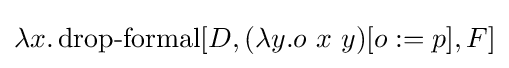
\lambda x.\operatorname {drop-formal} [D,(\lambda y.o\ x\ y)[o:=p],F]